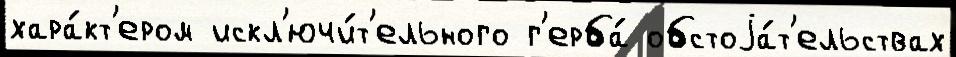
хара́кт'ером искл'ючи́т'ельного г'ерба́ обстоjа́т'ельствах